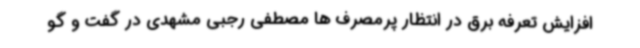
افزایش تعرفه برق در انتظار پرمصرف ها مصطفی رجبی مشهدی در گفت و گو